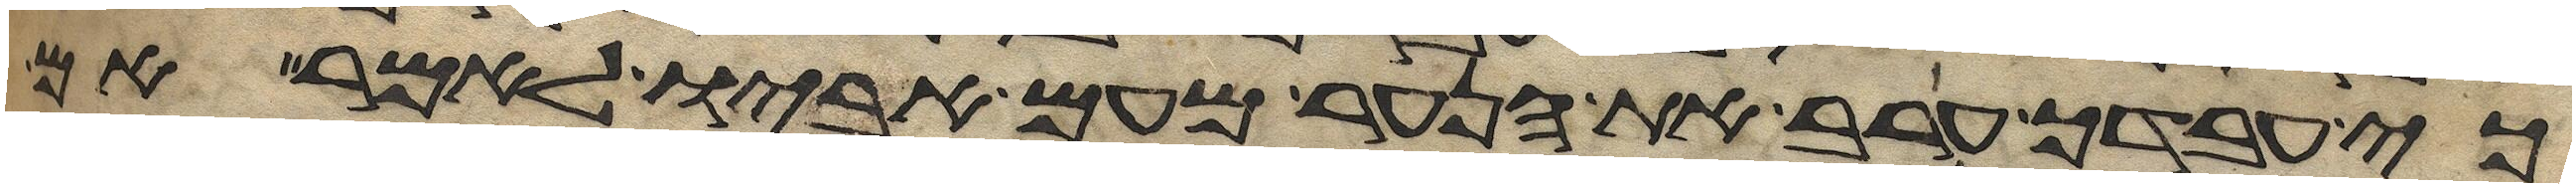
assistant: כי עבדך ערב את הנער מעם אביו לאמר אם